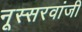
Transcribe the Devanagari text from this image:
नूस्सरवांजी